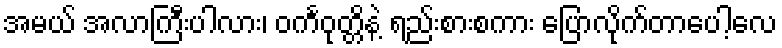
အမယ် အလာကြီးပါလား၊ ဝင်္ကဝုတ္တိနဲ့ ရည်းစားစကား ပြောလိုက်တာပေါ့လေ